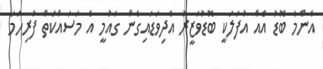
އެންމެ ބޮޑު އެއް އުފަލަކީ ބޮޑުވަޒީރު އެދިވަޑައިގެން ގައުމީ އެ މަސައްކަތް ފުރިހަމަ